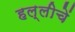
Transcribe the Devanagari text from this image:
हल्लीचें